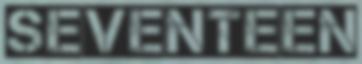
SEVENTEEN